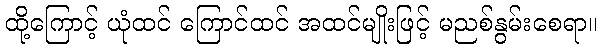
ထို့ကြောင့် ယုံထင် ကြောင်ထင် အထင်မျိုးဖြင့် မညစ်နွမ်းစေရာ။